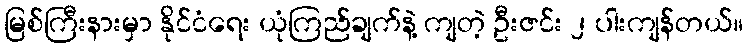
မြစ်ကြီးနားမှာ နိုင်ငံရေး ယုံကြည်ချက်နဲ့ ကျတဲ့ ဦးဇင်း ၂ ပါးကျန်တယ်။